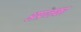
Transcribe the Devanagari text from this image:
अप्रजका